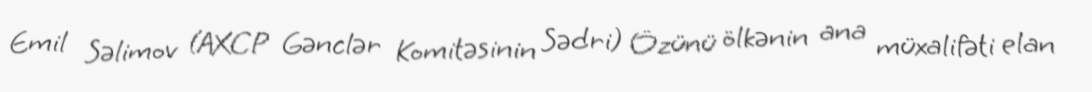
Emil Səlimov (AXCP Gənclər Komitəsinin Sədri) Özünü ölkənin ana müxalifəti elan